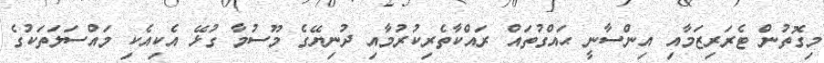
މިގޮތުން ޓެރަރިޒަމާއި އިންސާނީ ޙައްގުތައް ރައްކާތެރިކުރުމާއި ދުނިޔޭގެ މޫސުމާ ގުޅޭ އެކިއެކި މައްސަލަތަކުގެ